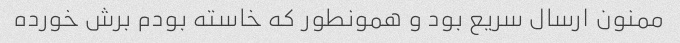
ممنون ارسال سریع بود و همونطور که خاسته بودم برش خورده